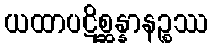
ယထာပဋိစ္ဆန္နာနဉ္စဿ